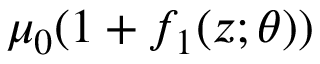
\mu _ { 0 } ( 1 + f _ { 1 } ( z ; \theta ) )